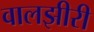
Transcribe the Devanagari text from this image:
वालझीरी